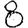
Digit: 8